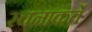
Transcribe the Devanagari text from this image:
रचनाकर्ते